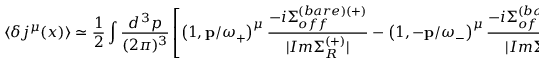
\langle \delta j ^ { \mu } ( x ) \rangle \simeq \frac { 1 } { 2 } \int \frac { d ^ { \, 3 } p } { ( 2 \pi ) ^ { 3 } } \left[ \left( 1 , { \bf p } / \omega _ { + } \right) ^ { \mu } \frac { - i \Sigma _ { o f f } ^ { ( b a r e ) ( + ) } } { | I m \Sigma _ { R } ^ { ( + ) } | } - \left( 1 , - { \bf p } / \omega _ { - } \right) ^ { \mu } \frac { - i \Sigma _ { o f f } ^ { ( b a r e ) ( - ) } } { | I m \Sigma _ { R } ^ { ( - ) } | } \right] .